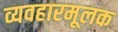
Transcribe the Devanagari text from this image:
व्यवहारमूलक